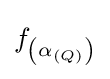
f_{\left(\alpha _{(Q)}\right)}